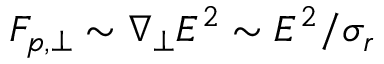
F _ { p , \perp } \sim \nabla _ { \perp } E ^ { 2 } \sim E ^ { 2 } / \sigma _ { r }